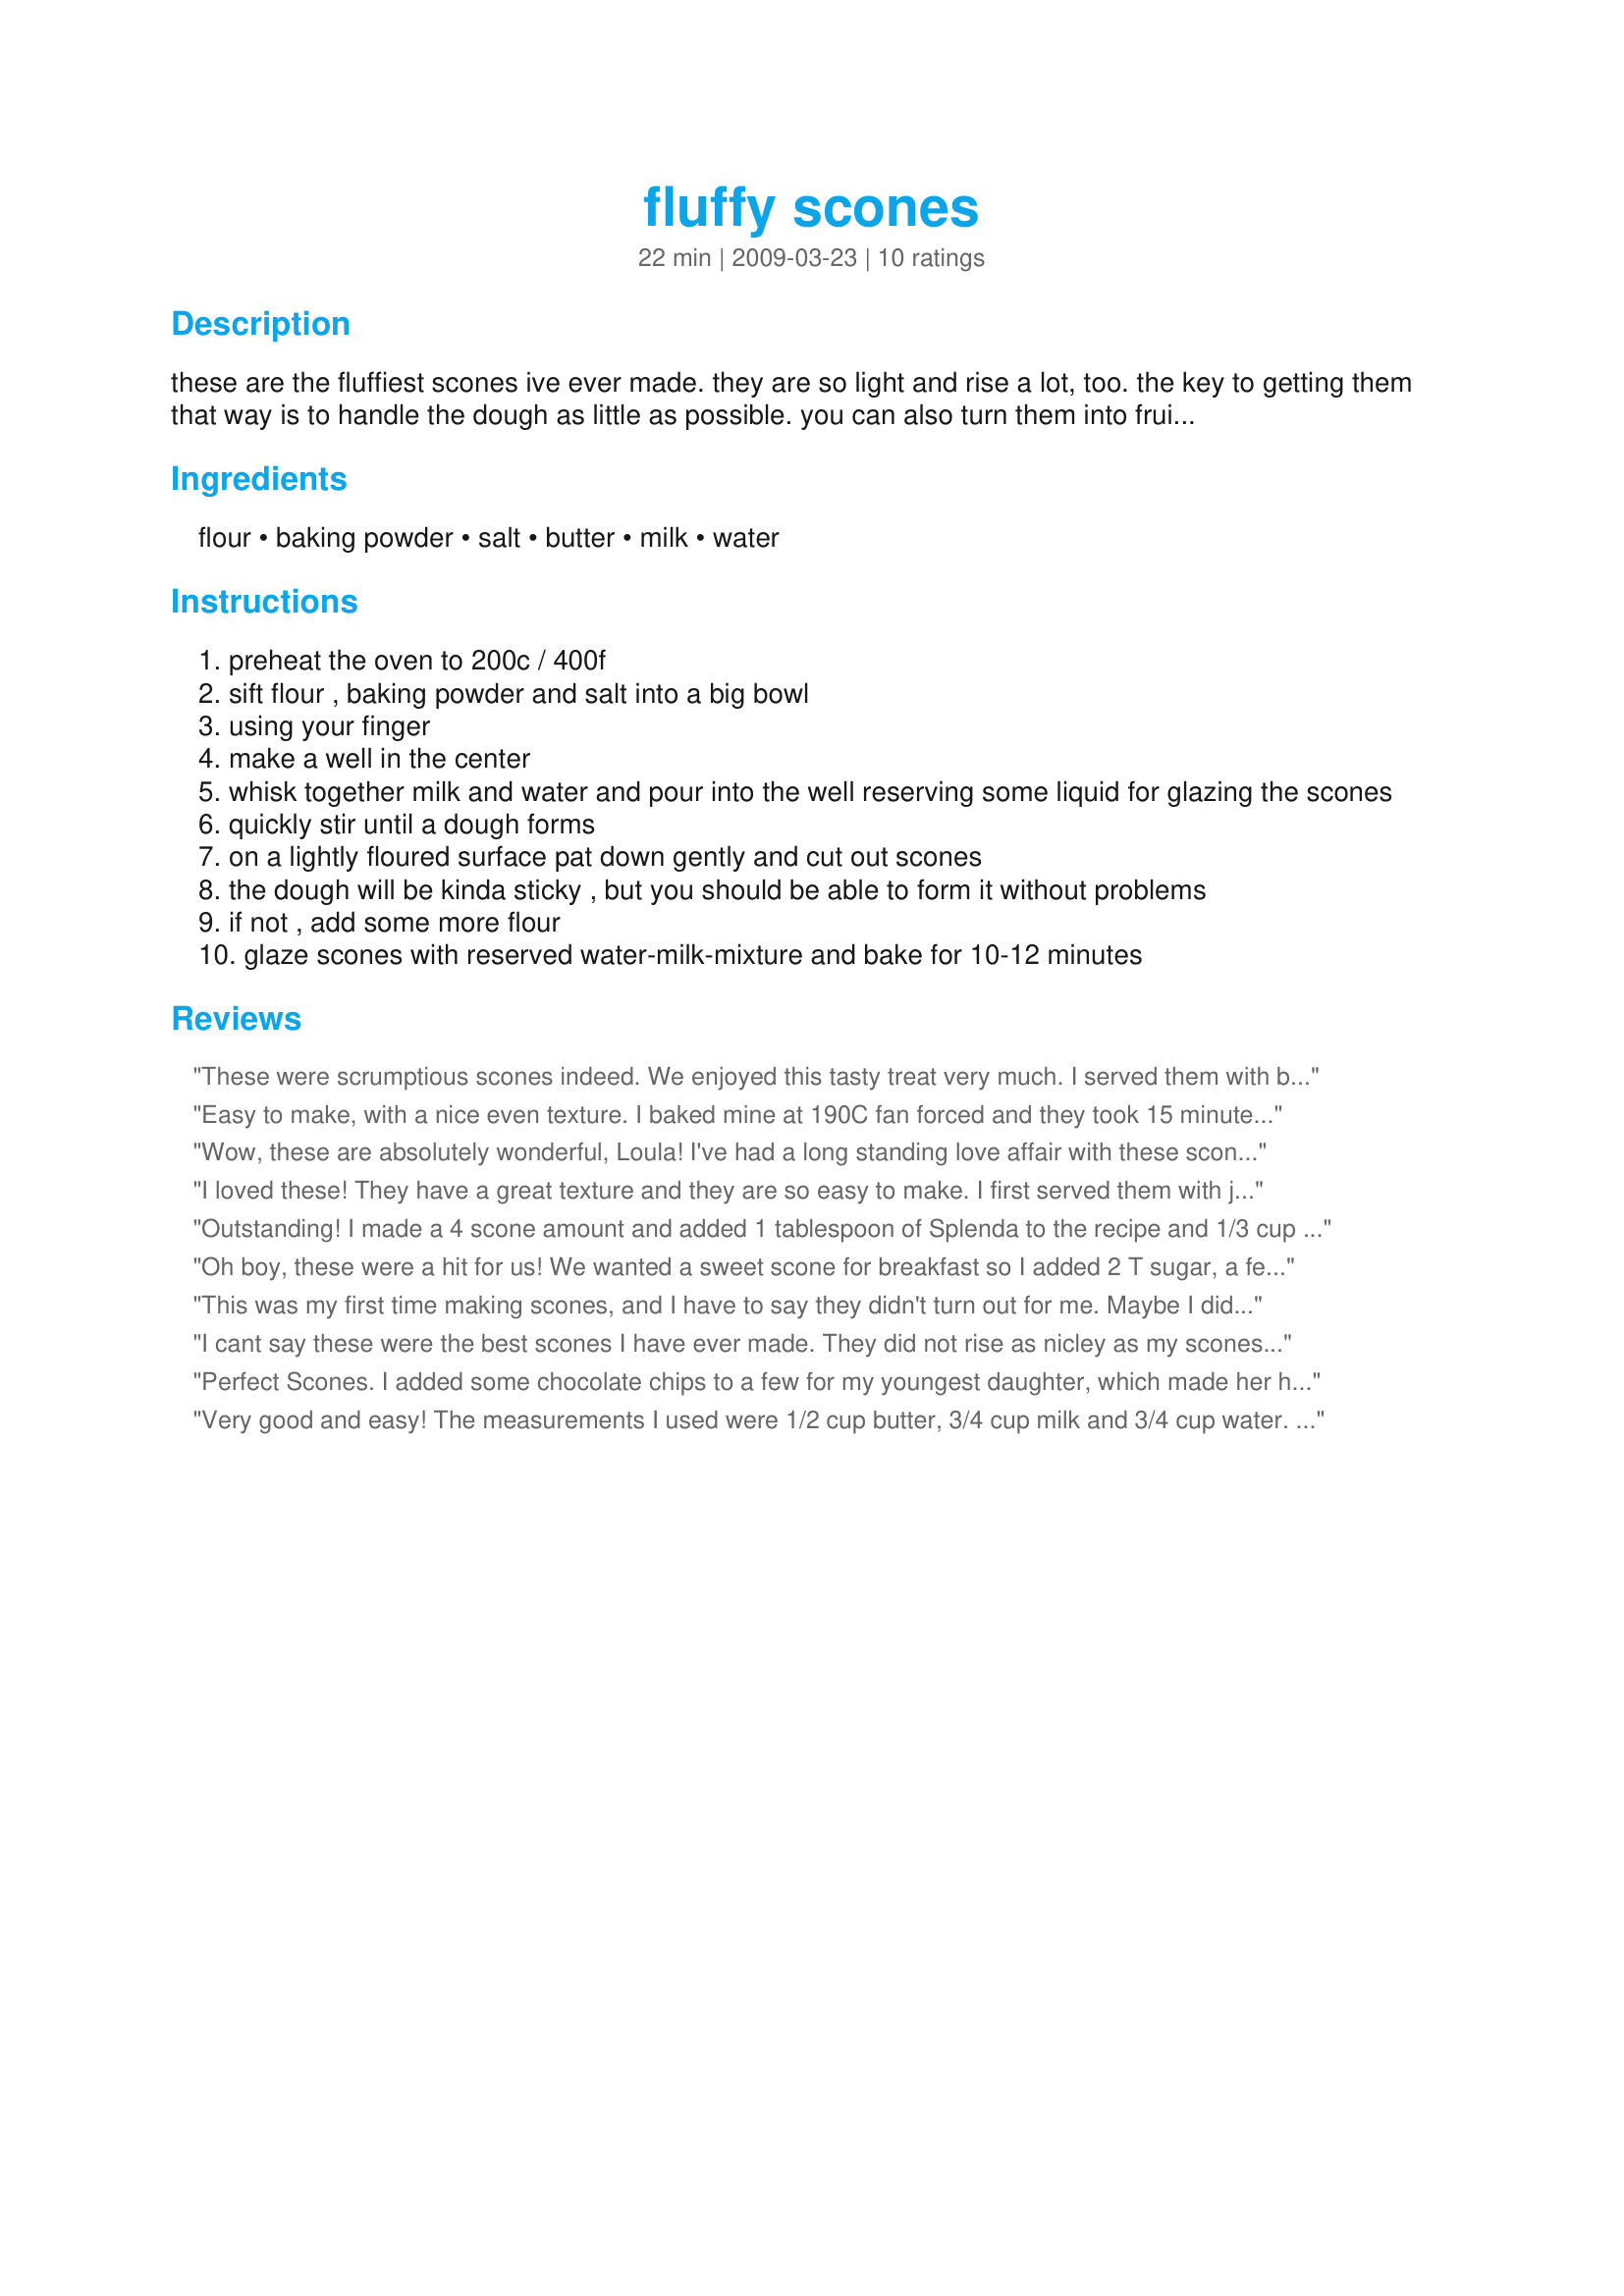
fluffy scones
Preparation time: 22 minutes

these are the fluffiest scones ive ever made. they are so light and rise a lot, too. the key to getting them that way is to handle the dough as little as possible.
you can also turn them into fruit scones by adding a desired amount of dried cherries, cranberries or raisins.

Ingredients:
flour, baking powder, salt, butter, milk, water

Steps:
preheat the oven to 200c / 400f
sift flour , baking powder and salt into a big bowl
using your finger
make a well in the center
whisk together milk and water and pour into the well reserving some liquid for glazing the scones
quickly stir until a dough forms
on a lightly floured surface pat down gently and cut out scones
the dough will be kinda sticky , but you should be able to form it without problems
if not , add some more flour
glaze scones with reserved water-milk-mixture and bake for 10-12 minutes

Reviews:
These were scrumptious scones indeed. We enjoyed this tasty treat very much. I served them with butter and strawberry freezer jam. It doesn't get any better than this....hmm maybe toasted. The scones were big, tall, crisp, tender, flavorful and delicious. They were really quick and easy to make. I will be making these again. Thanks so much for sharing Lalaloula.
Easy to make, with a nice even texture. I baked mine at 190C fan forced and they took 15 minutes to get a nice light golden colour. Thank you Lalaloula, made for I recommend tag game.
Wow, these are absolutely wonderful, Loula! I've had a long standing love affair with these scones from Second Cup, a coffee shop here in Canada, and well, who needs their pricey scones anymore?! I added 1/2 cup of dried blueberries, and pressed the batter into a round, which I cut into eighths. How gorgeous and yet easy to make! Thanks for posting this lovely recipe, Loula! Made for Veggie Swap 14.
I loved these! They have a great texture and they are so easy to make. I first served them with jam and butter, then for lunch I had one filled with ham and cheese (I heated it briefly in the micro). Thank you Loula! I will be making these again! Made for Beverage Tag June '09.
Outstanding! I made a 4 scone amount and added 1 tablespoon of Splenda to the recipe and 1/3 cup of mini chocolate chips. That all went into a small baking dish and I topper it with a 50/50 mix of cocoa and Splenda for a really wonderful small cake without the usual sugar and fat (we're not mentioning the chocolate chips here ok?). It is truly light textured and fluffy and it rose like a dream.
Oh boy, these were a hit for us! We wanted a sweet scone for breakfast so I added 2 T sugar, a few good shakes of cinnamon, and 1/2 c apples to the mix. I also topped the milk/water glaze with cinnamon sugar. Using 1 c AP and 1 c oat flour worked out great; the texture was preserved (wheat would have been more toothsome) and we got some fiber in. I only used about half of the milk/water combo, so maybe the oat flour is less absorbent? Anyhow, these were light, fluffy, delicious, and devoured. Thanks for posting! Made for Veg*n Swap #16, for our VIP Chef Loula!
This was my first time making scones, and I have to say they didn't turn out for me. Maybe I did something wrong? They did not rise very much, and their centers were a bit chewy. I found the recipe directions unclear for a first-timer. The directions were to reserve some of the milk/water mixture for glazing, but how much? I reserved 2 tbs. of liquid, but the dough was too dry. Even after I added it all, the dough was still too dry. So then I added a few drops more for the dough to become slightly sticky as described. When I laid the dough on the baking sheet, I wasn't sure of the thickness of each scone. They took four minutes longer to bake than directed, and they still seemed underdone. Nonetheless, it was a nice experiment. I'll give my hand at making scones another try before throwing in the towel for good. My favorite bakery does a fine job anyway, and it's much less work! Thanks for sharing your recipe! (Made for AUS/NZ Recipe Swap #41)
I cant say these were the best scones I have ever made. They did not rise as nicley as my scones normally do. They did taste lovely though. I may give this recipe another go before I count it out.
Perfect Scones. I added some chocolate chips to a few for my youngest daughter, which made her happy. I also enjoyed watching my Grandson have some with some milk :) I will defiantly make these again. Made for NZ/AUS Make my Recipe Edition #9
Very good and easy! The measurements I used were 1/2 cup butter, 3/4 cup milk and 3/4 cup water. Thanks for sharing!
